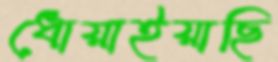
ধোয়াইয়াছি